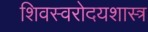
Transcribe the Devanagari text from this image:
शिवस्वरोदयशास्त्र